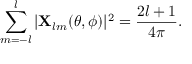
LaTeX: \sum _ { m = - l } ^ { l } | { \bf X } _ { l m } ( \theta , \phi ) | ^ { 2 } = { \frac { 2 l + 1 } { 4 \pi } } .